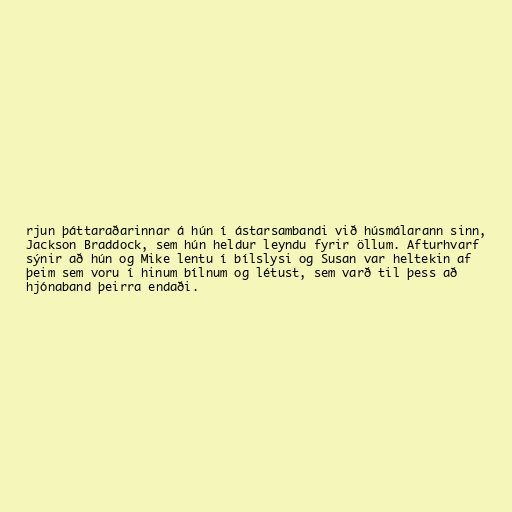
rjun þáttaraðarinnar á hún í ástarsambandi við húsmálarann sinn,
Jackson Braddock, sem hún heldur leyndu fyrir öllum. Afturhvarf
sýnir að hún og Mike lentu í bílslysi og Susan var heltekin af
þeim sem voru í hinum bílnum og létust, sem varð til þess að
hjónaband þeirra endaði.